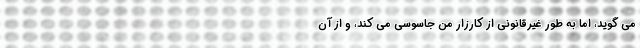
می گوید، اما به طور غیرقانونی از کارزار من جاسوسی می کند، و از آن